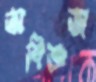
অবিজ্ঞতা